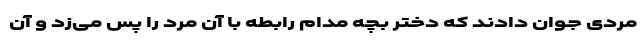
مردی جوان دادند که دختر بچه مدام رابطه با آن مرد را پس می‌زد و آن